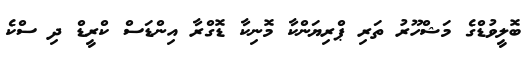
ބޮލީވުޑްގެ މަޝްހޫރު ތަރި ޕްރިޔަންކާ މޮނިކާ ޑޮގްރާ އިންޑަސް ކްރީޑް ދި ސްކެ